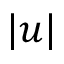
| u |